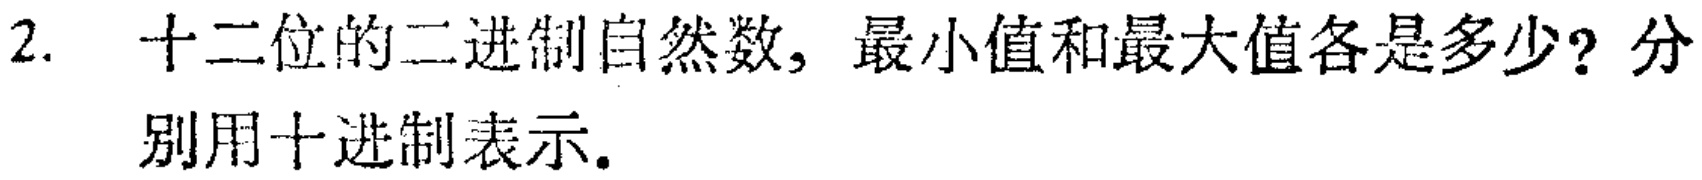
2. 十二位的二进制自然数, 最小值和最大值各是多少? 分别用十进制表示.